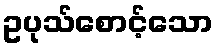
ဥပုသ်စောင့်သော